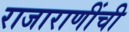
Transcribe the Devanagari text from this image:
राजाराणींची